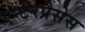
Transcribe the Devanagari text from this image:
एन्टेरप्रैसेस